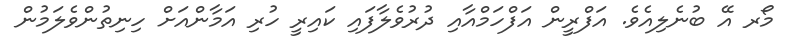
މޯރ އޭ ބުނެލިއެވެ. އަފްރީން އަފްހަމްއާއި ދުރުވެލާފައި ކައިރީ ހުރި އަމާންއަށް ހިނިތުންވެލަމުން